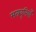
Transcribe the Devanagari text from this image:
सत्प्रवृत्तियाँ